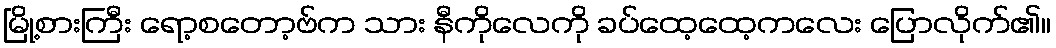
မြို့စားကြီး ရော့စတော့ဗ်က သား နီကိုလေကို ခပ်ထေ့ထေ့ကလေး ပြောလိုက်၏။